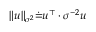
\| u \| _ { \sigma ^ { 2 } } \dot { = } u ^ { \top } \cdot \sigma ^ { - 2 } u